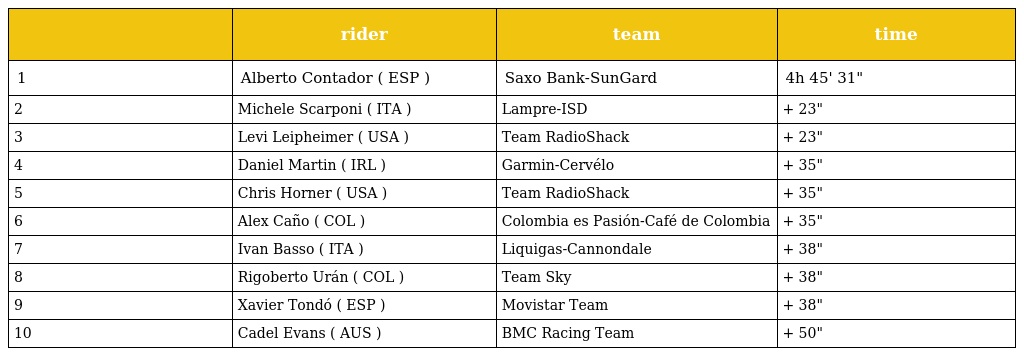
|  | rider | team | time |
 | --- | --- | --- | --- |
 | 1 | Alberto Contador ( ESP ) | Saxo Bank-SunGard | 4h 45' 31" |
 | 2 | Michele Scarponi ( ITA ) | Lampre-ISD | + 23" |
 | 3 | Levi Leipheimer ( USA ) | Team RadioShack | + 23" |
 | 4 | Daniel Martin ( IRL ) | Garmin-Cervélo | + 35" |
 | 5 | Chris Horner ( USA ) | Team RadioShack | + 35" |
 | 6 | Alex Caño ( COL ) | Colombia es Pasión-Café de Colombia | + 35" |
 | 7 | Ivan Basso ( ITA ) | Liquigas-Cannondale | + 38" |
 | 8 | Rigoberto Urán ( COL ) | Team Sky | + 38" |
 | 9 | Xavier Tondó ( ESP ) | Movistar Team | + 38" |
 | 10 | Cadel Evans ( AUS ) | BMC Racing Team | + 50" |